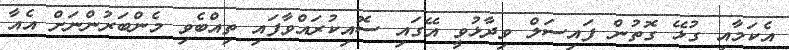
އެކަމާއި ގުޅޭ ގޮތުން ފައިސަލް ވިދާޅުވީ އޭގައި ސޮއިކުރައްވާފައި ތިއްބެވި މެންބަރުންނަށް އެއާ